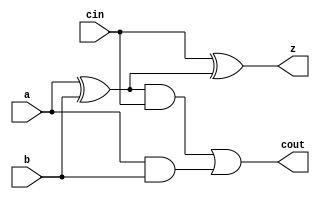
module yAdder1(z, cout, a, b, cin);     //z= (a xor b) xor cin    |    cout=((a xor b)&cin) or (a&b)
output z, cout;
input a, b, cin;
xor left_xor(tmp, a, b);
xor right_xor(z, cin, tmp);
and left_and(outL, a, b);
and right_and(outR, tmp, cin);
or my_or(cout, outR, outL);
endmodule 

module yAdder(z, cout, a, b, cin);
parameter SIZE=2;
output [SIZE-1:0] z;
output cout;
input [SIZE-1:0] a, b;
input cin;
wire[SIZE-1:0] in, out;
yAdder1 mine[SIZE-1:0](z, out, a, b, in);
assign in[0] = cin;
assign in[SIZE-1:1] = out[SIZE-2:0]; 
assign cout=out[SIZE-1];
endmodule

module labL;
parameter SIZE=32;
integer i, j, k;
reg signed [SIZE-1:0]a,b, expectS;
reg cin;
wire signed [SIZE-1:0]z;
wire cout;
yAdder #(.SIZE(32))add(z,cout,a,b,cin);
initial
begin
    for (i = 0; i < 4; i = i + 1)
    begin
        for (j = 0; j < 4; j = j + 1)
        begin
            for(k=0; k < 2; k = k + 1)
            begin
                a = i; b = j; cin = k;
                expectS=(a+b+cin);  //(a+b+c)&3;
                 #1 
                 if(expectS===z)
                 $display("PASS a=%b b=%b cin=%b z=%b", a, b,cin, z);
                 else $display("FAIL");
            end
         end
    end
    $finish;
end
endmodule